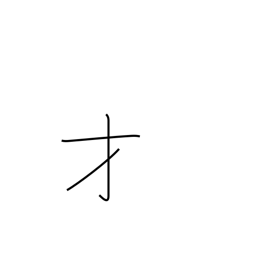
Meaning: genius